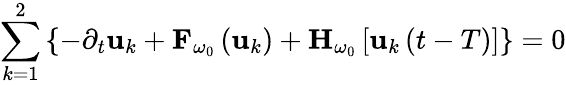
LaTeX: \sum_{k=1}^{2}\left\{ -\partial_{t}\mathbf{u}_{k}+{\mathbf F}_{\omega_{0}}\left({\mathbf u}_{k}\right)+{\mathbf H}_{\omega_{0}}\left[{\mathbf u}_{k}\left(t-T\right)\right]\right\} =0